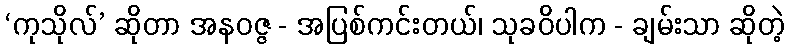
‘ကုသိုလ်’ ဆိုတာ အနဝဇ္ဇ - အပြစ်ကင်းတယ်၊ သုခဝိပါက - ချမ်းသာ ဆိုတဲ့